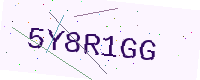
Text: 5Y8R1GG